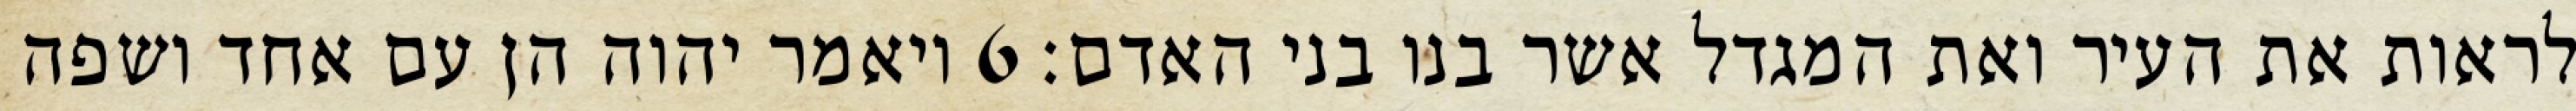
לראות את העיר ואת המגדל אשר בנו בני האדם׃ ‎6‏ ויאמר יהוה הן עם אחד ושפה